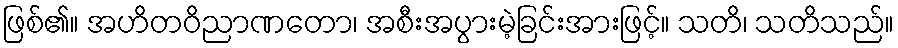
ဖြစ်၏။ အဟိတဝိညာဏတော၊ အစီးအပွားမဲ့ခြင်းအားဖြင့်။ သတိ၊ သတိသည်။